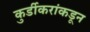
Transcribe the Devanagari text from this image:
कुर्डीकरांकडून